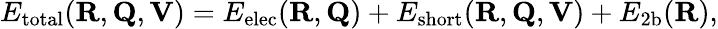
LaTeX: E_{\mathrm{total}}(\mathbf{R},\mathbf{Q},\mathbf{V})=E_{\mathrm{elec}}(\mathbf{R},\mathbf{Q})+E_{\mathrm{short}}(\mathbf{R},\mathbf{Q},\mathbf{V})+E_{\mathrm{2b}}(\mathbf{R}),